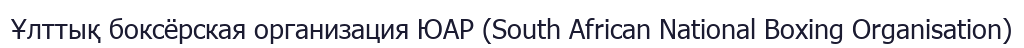
Ұлттық боксёрская организация ЮАР (South African National Boxing Organisation)